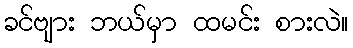
ခင်ဗျား ဘယ်မှာ ထမင်း စားလဲ။